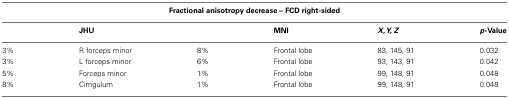
| <COLSPAN=6> Fractional anisotropy decrease – FCD right-sided |
 |  | JHU |  | MNI | X, Y, Z | p-Value |
 | --- | --- | --- | --- | --- | --- |
 | 3% | R forceps minor | 8% | Frontal lobe | 83, 145, 91 | 0.032 |
 | 3% | L forceps minor | 6% | Frontal lobe | 93, 143, 91 | 0.042 |
 | 5% | Forceps minor | 1% | Frontal lobe | 99, 148, 91 | 0.048 |
 | 8% | Cimgulum | 1% | Frontal lobe | 99, 148, 91 | 0.048 |